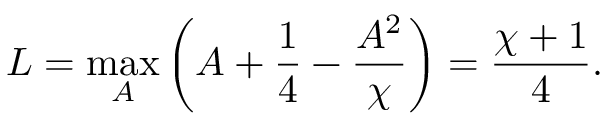
L = \operatorname* { m a x } _ { A } \left( A + \frac { 1 } { 4 } - \frac { A ^ { 2 } } { \chi } \right) = \frac { \chi + 1 } { 4 } .